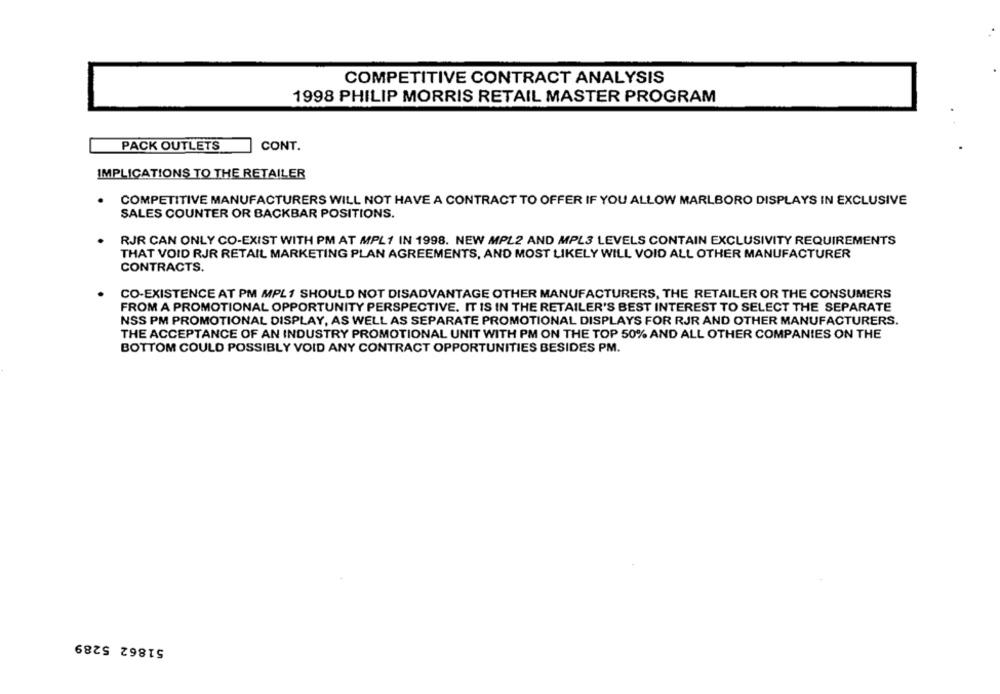
COMPETITIVE CONTRACT ANALYSIS
1998 PHILIP MORRIS RETAIL MASTER PROGRAM
PACK OUTLETS
CONT.
IMPLICATIONS TO THE RETAILER
COMPETITIVE MANUFACTURERS WILL NOT HAVE A CONTRACT TO OFFER IF YOU ALLOW MARLBORO DISPLAYS IN EXCLUSIVE
SALES COUNTER OR BACKBAR POSITIONS.
RJR CAN ONLY CO-EXIST WITH PM AT MPL1 IN 1998. NEW MPL2 AND MPL3 LEVELS CONTAIN EXCLUSIVITY REQUIREMENTS
THAT VOID RJR RETAIL MARKETING PLAN AGREEMENTS, AND MOST LIKELY WILL VOID ALL OTHER MANUFACTURER
CONTRACTS.
CO-EXISTENCE AT PM MPL1 SHOULD NOT DISADVANTAGE OTHER MANUFACTURERS, THE RETAILER OR THE CONSUMERS
FROM A PROMOTIONAL OPPORTUNITY PERSPECTIVE. IT IS IN THE RETAILER'S BEST INTEREST TO SELECT THE SEPARATE
NSS PM PROMOTIONAL DISPLAY, AS WELL AS SEPARATE PROMOTIONAL DISPLAYS FOR RJR AND OTHER MANUFACTURERS.
THE ACCEPTANCE OF AN INDUSTRY PROMOTIONAL UNIT WITH PM ON THE TOP 50% AND ALL OTHER COMPANIES ON THE
BOTTOM COULD POSSIBLY VOID ANY CONTRACT OPPORTUNITIES BESIDES PM.
51862 5289